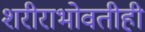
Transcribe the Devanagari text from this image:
शरीराभोवतीही